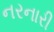
નરનારી